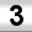
Digit: 3